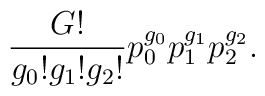
\frac{G!}{g_{0}!g_{1}!g_{2}!}p_{0}^{g_{0}}p_{1}^{g_{1}}p_{2}^{g_{2}}.